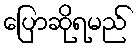
ပြောဆိုရမည်